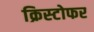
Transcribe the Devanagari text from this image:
क्रिस्‍टोफर